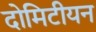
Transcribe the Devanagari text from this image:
दोमिटीयन